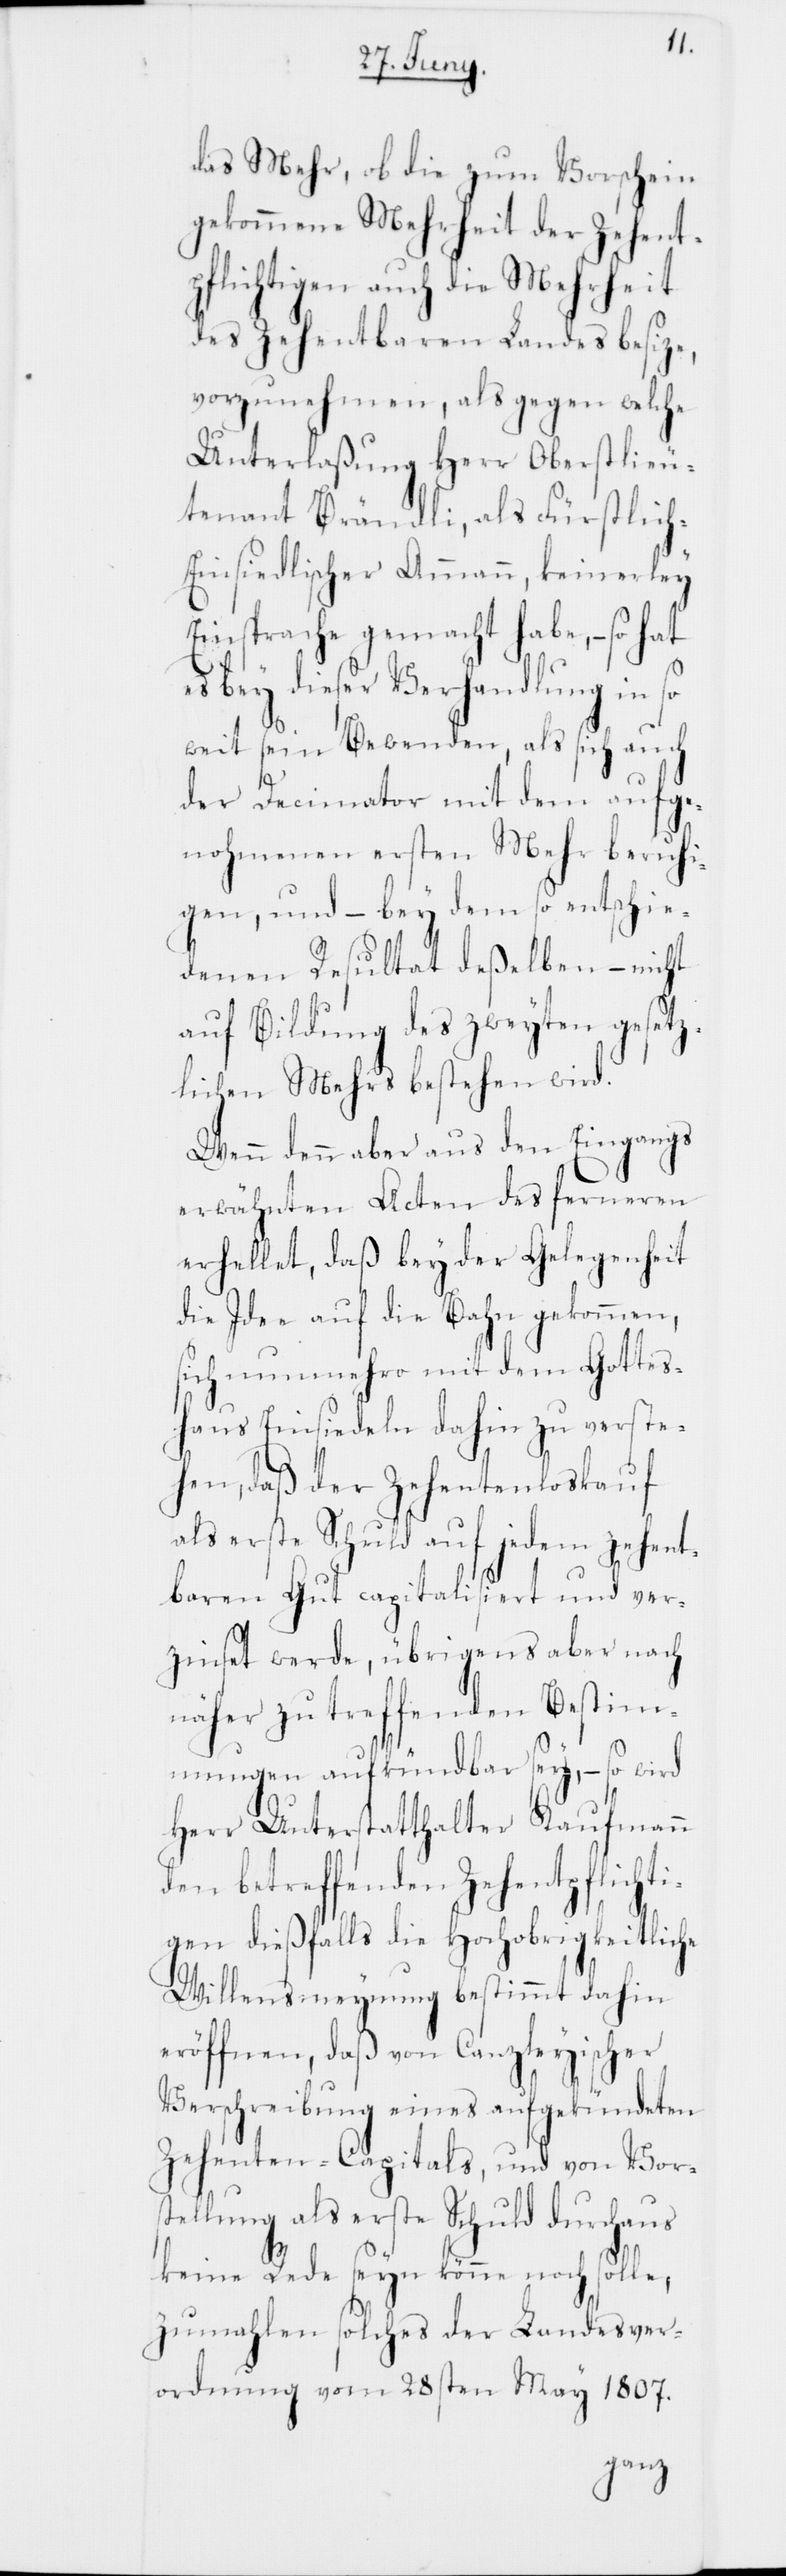
das Mehr, ob die zum Vorschein
gekommene Mehrheit der Ze¬
pflichtigen auch die Mehrheit
des Zehentbaren Landes besi¬
vorzunehmen, als gegen welche
Unterlaßung Herr Oberstlieu¬
tenant Brändli, als Fürstlic¬
h-Einsiedlischer Ammann, keinerley
Einsprache gemacht habe, – so hat
es bey dieser Verhandlung in so
weit sein Bewenden, als sich auch
der Decimator mit dem aufge¬
nohmenen ersten Mehr beruhi¬
gen, und – bey dem so entschi¬
edenen Resultat deßelben, – nicht
auf Bildung des zweyten gesetz¬
lichen Mehrs bestehen wird.
Wenn denn aber aus den Eingangs
erwähnten Acten des ferneren
erhellet, daß bey der Gelegenheit
die Idee auf die Bahn gekommen,
sich nunmehro mit dem Gottes¬
haus Einsiedeln dahin zu verste¬
hen, daß der Zehentenloskauf
als erste Schuld auf jedem zehent¬
baren Gut capitalisiert und ver¬
zinset werde, übrigens aber nach
näher zu treffenden Bestim¬
mungen aufkündbar sey, – so wird
Herr Unterstatthalter Kauf¬
den betreffenden Zehentpflichti¬
gen dießfalls die Hochobrigkeitliche
Willensmeynung bestimmt dahin
eröffnen, daß von Canzleyischer
Verschreibung eines aufgekündeten
Zehenten-Capitals, und von Vor¬
stellung als erste Schuld durchaus
keine Rede seyn könne noch solle,
zumahlen solches der Landesver¬
ordnung vom 28sten May 1807.
mann